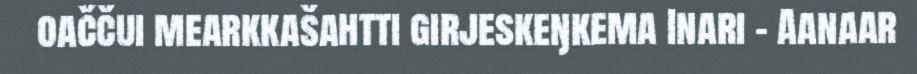
oaččui mearkkašahtti girjeskeŋkema Inari – Aanaar